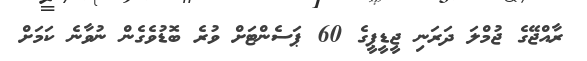
ރާއްޖޭގެ ޖުމްލަ ދަރަނި ޖީޑީޕީގެ 60 ޕަސެންޓަށް ވުރެ ބޮޑުވެގެން ނުވާނެ ކަމަށް